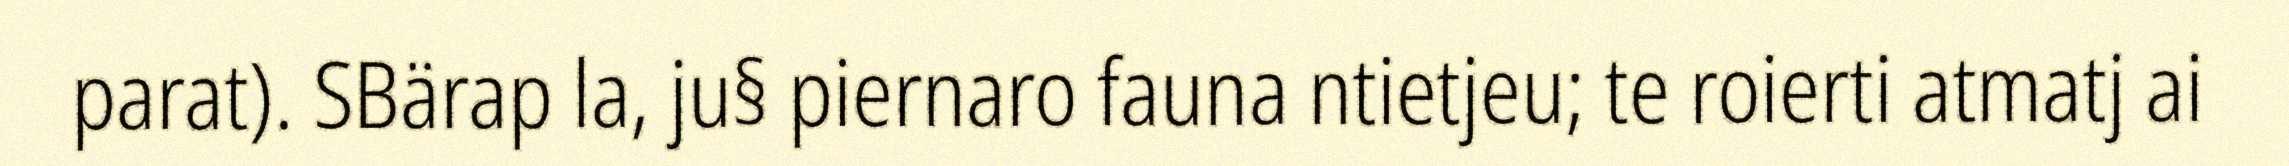
parat). SBärap la, ju§ piernaro fauna ntietjeu; te roierti atmatj ai